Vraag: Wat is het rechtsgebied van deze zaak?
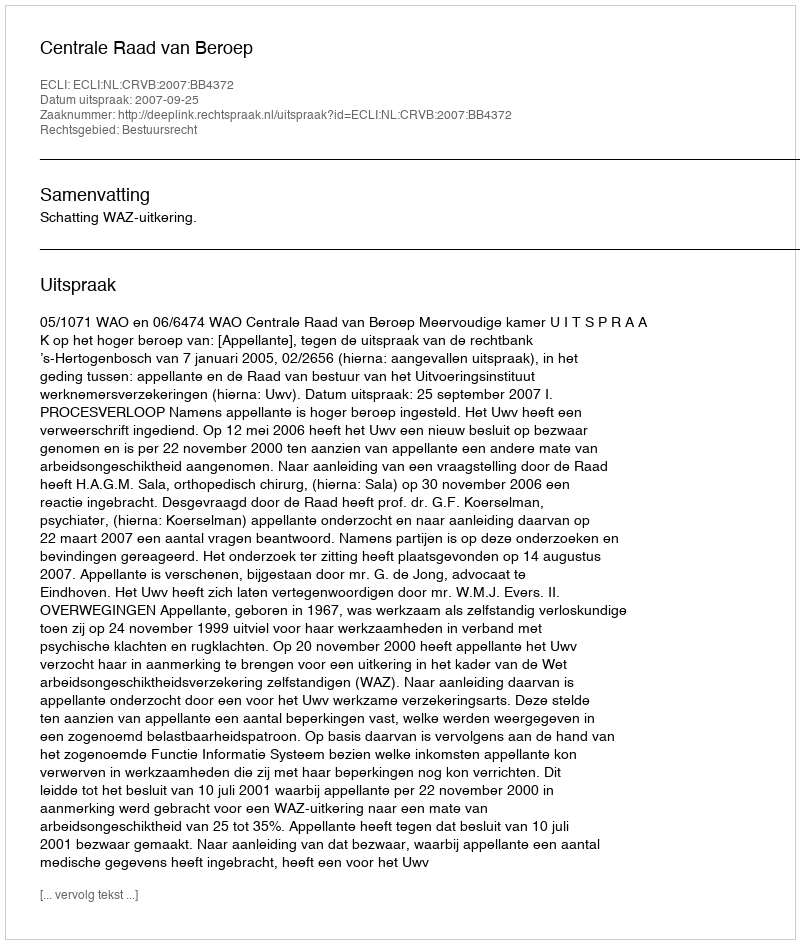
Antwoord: Bestuursrecht